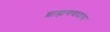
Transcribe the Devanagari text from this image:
ब्राह्मणवादाचा